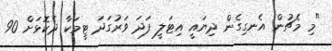
"މި މެޗުން އެނގިގެން ދިޔައީ އިޓަލީ ފަދަ ވަރުގަދަ ޓީމަކާ ދެކޮޅަށް 90